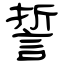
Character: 誓